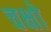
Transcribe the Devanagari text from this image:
चक्षो